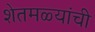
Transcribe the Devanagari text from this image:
शेतमळ्यांची